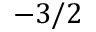
- 3 / 2